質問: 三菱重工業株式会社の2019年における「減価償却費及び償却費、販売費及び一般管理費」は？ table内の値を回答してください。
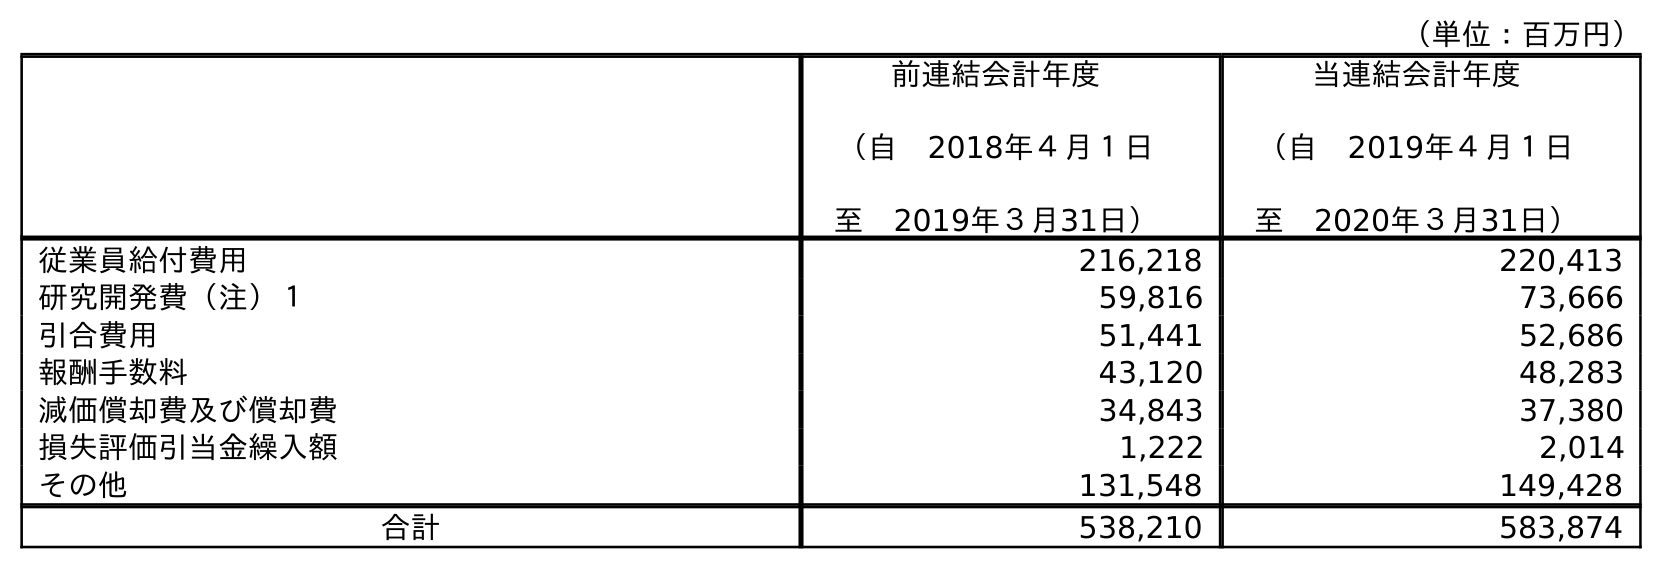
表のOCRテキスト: （単位：百万円） 前連結会計年度 （自 2018年４月１日 至 2019年３月31日） 当連結会計年度 （自 2019年４月１日 至 2020年３月31日） 従業員給付費用 216,218 220,413 研究開発費（注）１ 59,816 73,666 引合費用 51,441 52,686 報酬手数料 43,120 48,283 減価償却費及び償却費 34,843 37,380 損失評価引当金繰入額 1,222 2,014 その他 131,548 149,428 合計 538,210 583,874
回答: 34,843